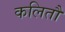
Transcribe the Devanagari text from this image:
कलितौ